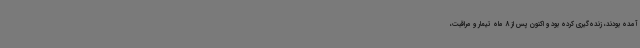
آمده بودند، زنده‌گیری کرده بود و اکنون پس از 8 ماه تیمار و مراقبت،